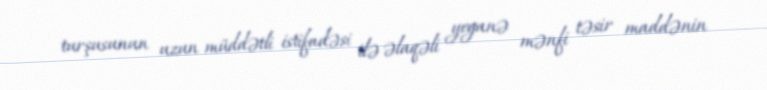
turşusunun uzun müddətli istifadəsi ilə əlaqəli yeganə mənfi təsir maddənin